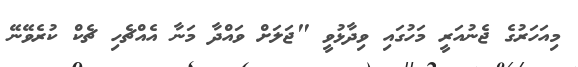
މިއަހަރުގެ ޖެނުއަރީ މަހުގައި ވިދާޅުވީ "ޖަލަށް ވައްދާ މަނާ އެއްޗެހި ޗެކް ކުރެވޭނޭ